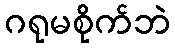
ဂရုမစိုက်ဘဲ